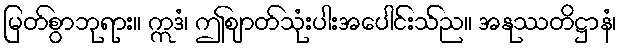
မြတ်စွာဘုရား။ ဣဒံ၊ ဤဈာတ်သုံးပါးအပေါင်းသ်ည။ အနုဿတိဋ္ဌာနံ၊